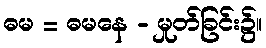
ဓမ = ဓမနေ - မှုတ်ခြင်း၌။